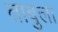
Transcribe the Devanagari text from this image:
ताबुला